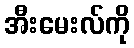
အီးမေးလ်ကို